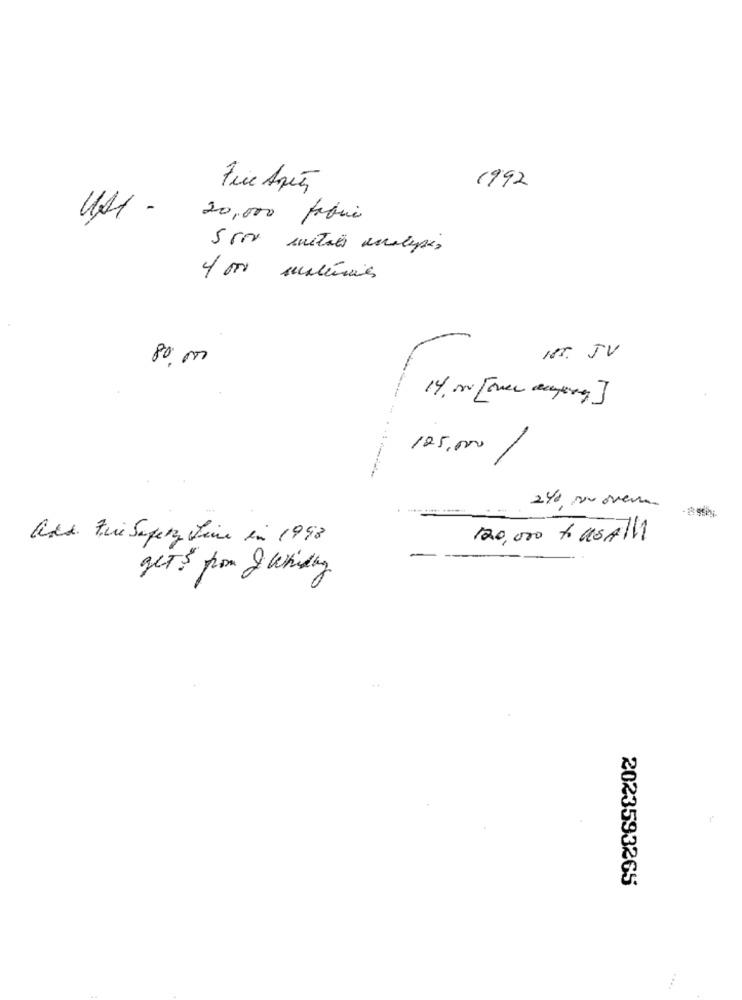
1992
20,000 fabric
c por suaténoires
80,000
15. 5V
125,000
2/0, No over
add. Fin Superz Line in 1998
120,000 + usAll!
gets from & Whitey
2023593265